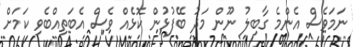
ނަމަވެސް އެންމެ ގާބިލު ނޫން މަދު ބޭފުޅުން ކޮޅެއް ވެސް އެބަތިއްބެވި ކަމަށް